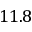
1 1 . 8